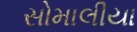
સોમાલીયા